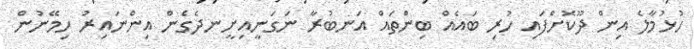
ހުޅުމާލެ އިން ދޫކޮށްފައި ހުރި ބައެއް ބިންތައް އަނބުރާ ނަގަނީއިށީނދެގެން އިންނައިރު ހިމޭނުން